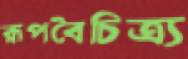
রূপবৈচিত্র্য